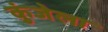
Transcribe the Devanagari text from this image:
कुंजेला